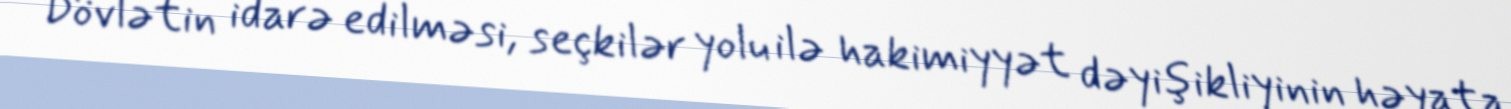
Dövlətin idarə edilməsi, seçkilər yolu ilə hakimiyyət dəyişikliyinin həyata